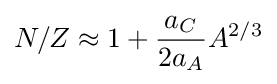
N/Z\approx 1+{\frac {a_{C}}{2a_{A}}}A^{2/3}